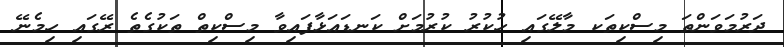
ދަރުމަވަންތަ މިސްކިތަކ މާލޭގައި ހުކުރު ކުރުމަށް ކަނޑައަޅާފައިވާ މިސްކިތް ތަކުގެތެ ރޭގައި ހިމެނޭ